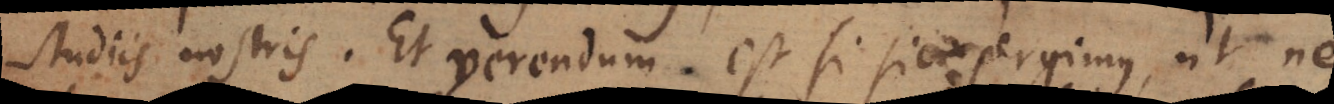
studiis nostris. Et verendum est si sic pergimus, ut ne